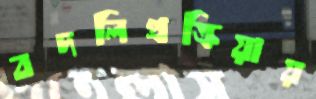
বদলিপ্রক্রিয়ায়